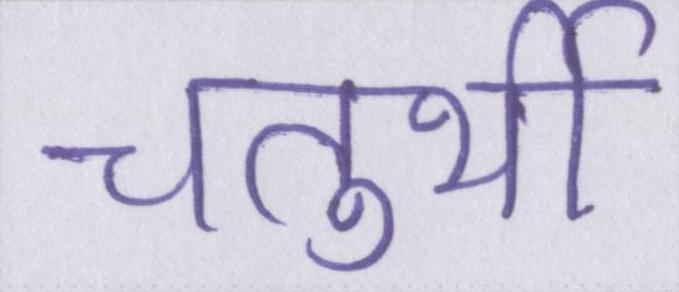
चतुर्थी